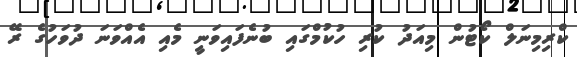
ކްރިމިނަލް ކޯޓުން މިއަދު ކުރި ހުކުމްގައި ބުނެފައިވަނީ މެއި އެއްވަނަ ދުވަހުގެ ރޭ